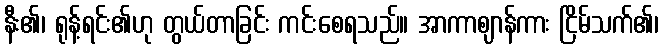
နီး၏၊ ရုန့်ရင်း၏ဟု တွယ်တာခြင်း ကင်းစေရသည်။ အာကာဈာန်ကား ငြိမ်သက်၏၊